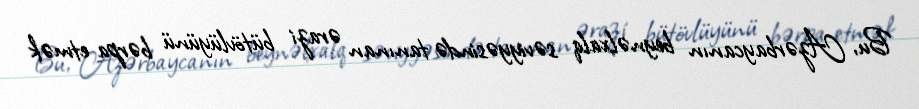
Bu, Azərbaycanın beynəlxalq səviyyəsində tanınan ərazi bütövlüyünü bərpa etmək